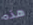
هذه